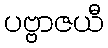
ပဗ္ဗာဇယီ